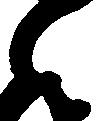
之